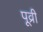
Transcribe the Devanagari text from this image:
पूव्री